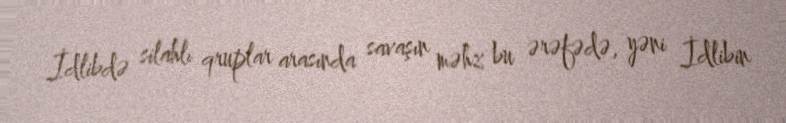
İdlibdə silahlı qruplar arasında savaşın məhz bu ərəfədə, yəni İdlibin